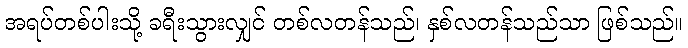
အရပ်တစ်ပါးသို့ ခရီးသွားလျှင် တစ်လတန်သည်၊ နှစ်လတန်သည်သာ ဖြစ်သည်။